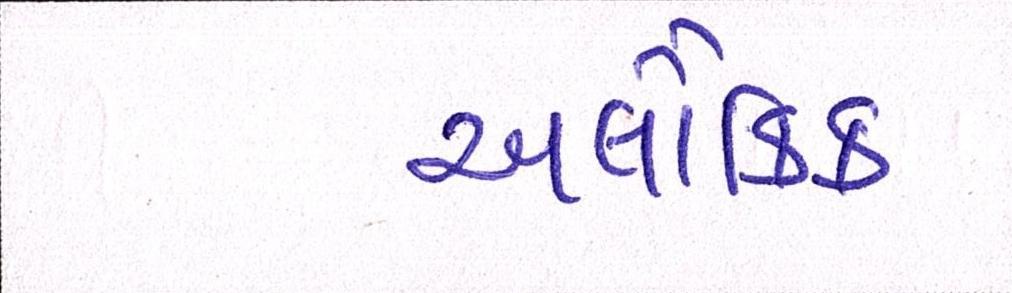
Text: અલૌકિક